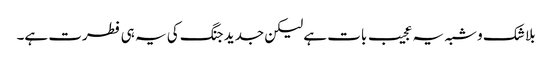
بلا شک و شبہ یہ عجیب بات ہے لیکن جدید جنگ کی یہ ہی فطرت ہے۔